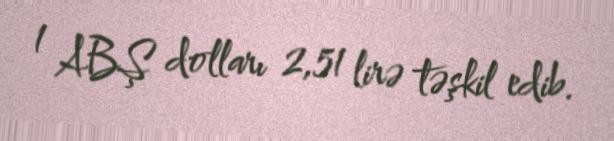
1 ABŞ dolları 2,51 lirə təşkil edib.